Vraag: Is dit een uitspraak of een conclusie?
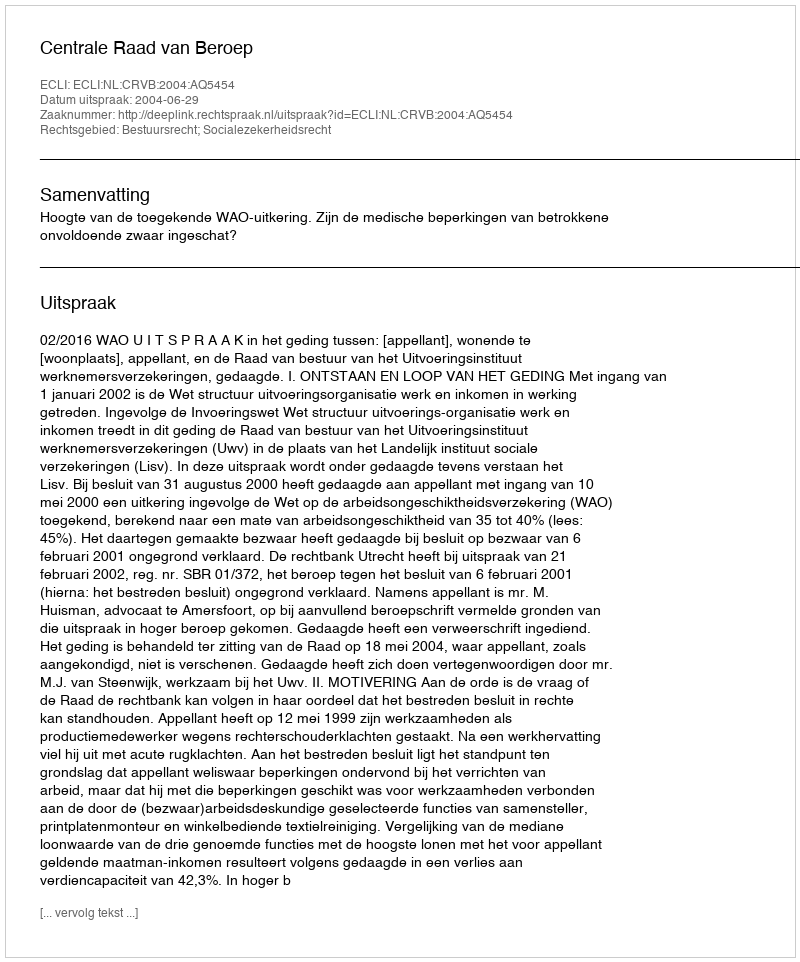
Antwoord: Uitspraak